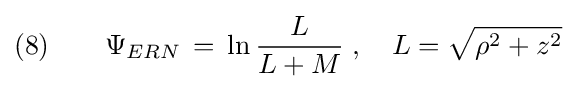
(8)\qquad \Psi _{ERN}\,=\,\ln {\frac {L}{L+M}}\;,\quad L={\sqrt {\rho ^{2}+z^{2}}}\;